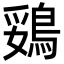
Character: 鵎